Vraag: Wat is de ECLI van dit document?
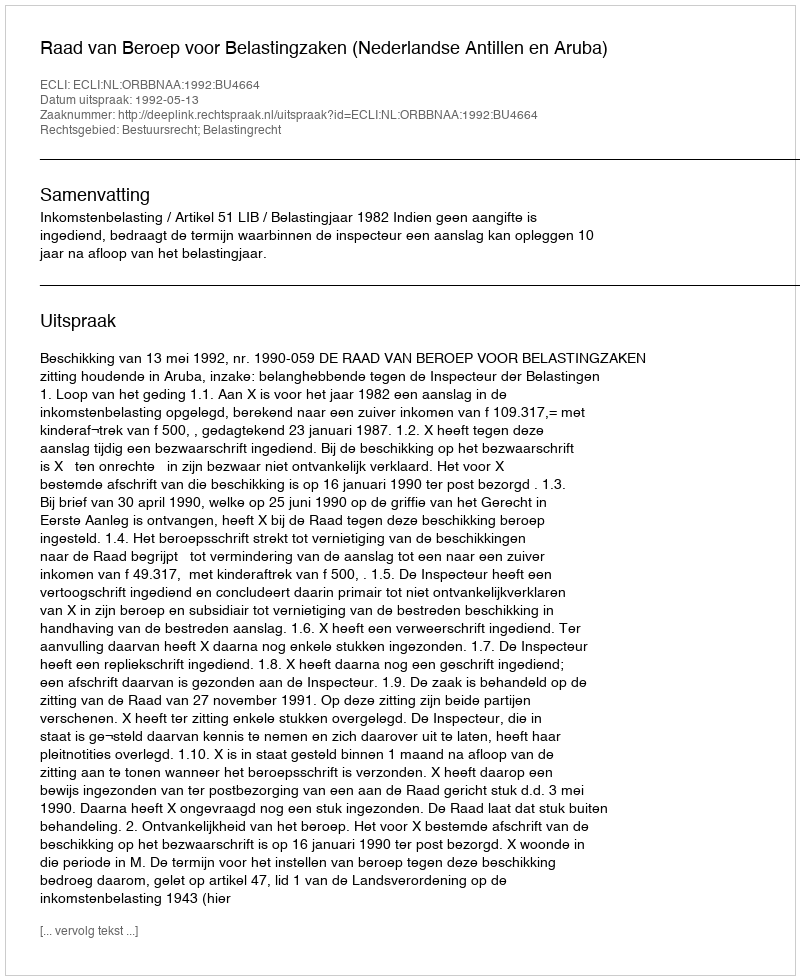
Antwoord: ECLI:NL:ORBBNAA:1992:BU4664